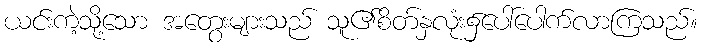
ယင်းကဲ့သို့သော အတွေးများသည် သူ၏စိတ်နှလုံး၌ပေါ်ပေါက်လာကြသည်။